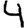
Digit: 4